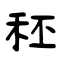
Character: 秠